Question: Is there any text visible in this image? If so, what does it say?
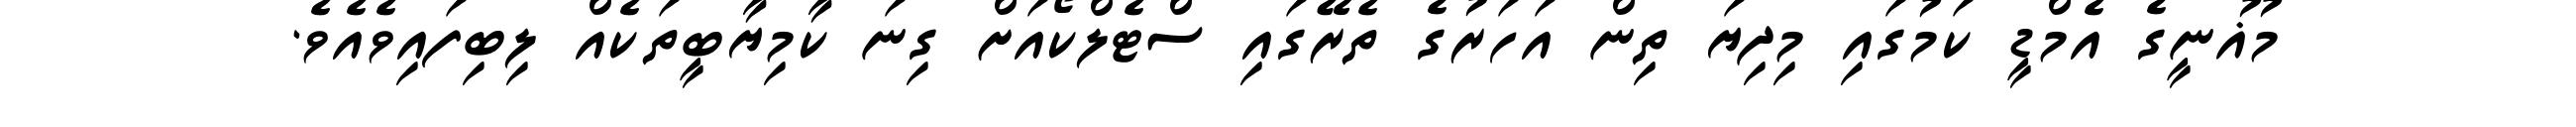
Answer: މުޣުނީގެ އެމްޑީ ކަމުގައި މިދިޔަ ތިން އަހަރުގެ ތެރޭގައި ސްޓެލްކޯއަށް ގިނަ ކާމިޔާބީތަކެއް ލިބިފައިވެއެވެ.